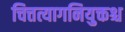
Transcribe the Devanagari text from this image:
चित्तत्यागनियुक्तश्च